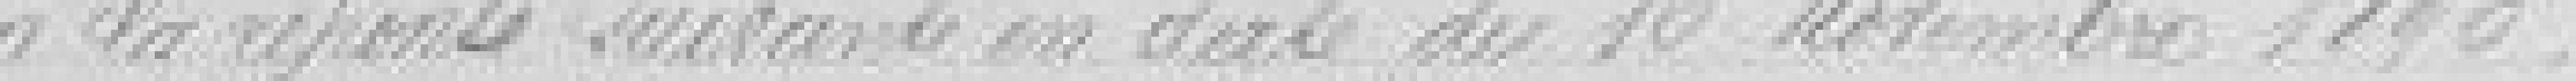
à la réponse suivante en date du 16 novembre 1896.